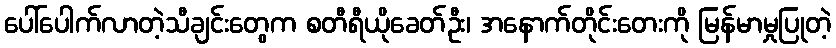
ပေါ်ပေါက်လာတဲ့သီချင်းတွေက စတီရီယိုခေတ်ဦး၊ အနောက်တိုင်းတေးကို မြန်မာမှုပြုတဲ့